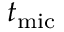
t _ { \mathrm { m i c } }